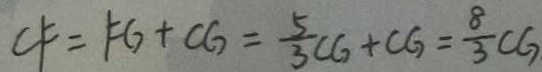
C F = F G + C G = \frac { 5 } { 3 } C G + C G = \frac { 8 } { 3 } C G